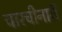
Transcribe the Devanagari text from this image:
चारचीनारी